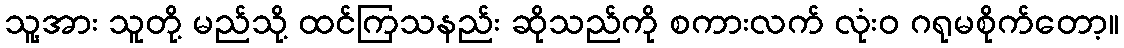
သူ့အား သူတို့ မည်သို့ ထင်ကြသနည်း ဆိုသည်ကို စကားလက် လုံးဝ ဂရုမစိုက်တော့။